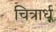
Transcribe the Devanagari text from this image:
चित्रार्ध